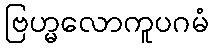
ဗြဟ္မလောကူပဂမံ